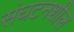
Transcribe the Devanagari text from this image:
संघटनशील